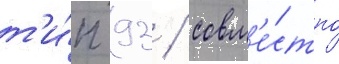
т'и́п 93 / совм'е́стно